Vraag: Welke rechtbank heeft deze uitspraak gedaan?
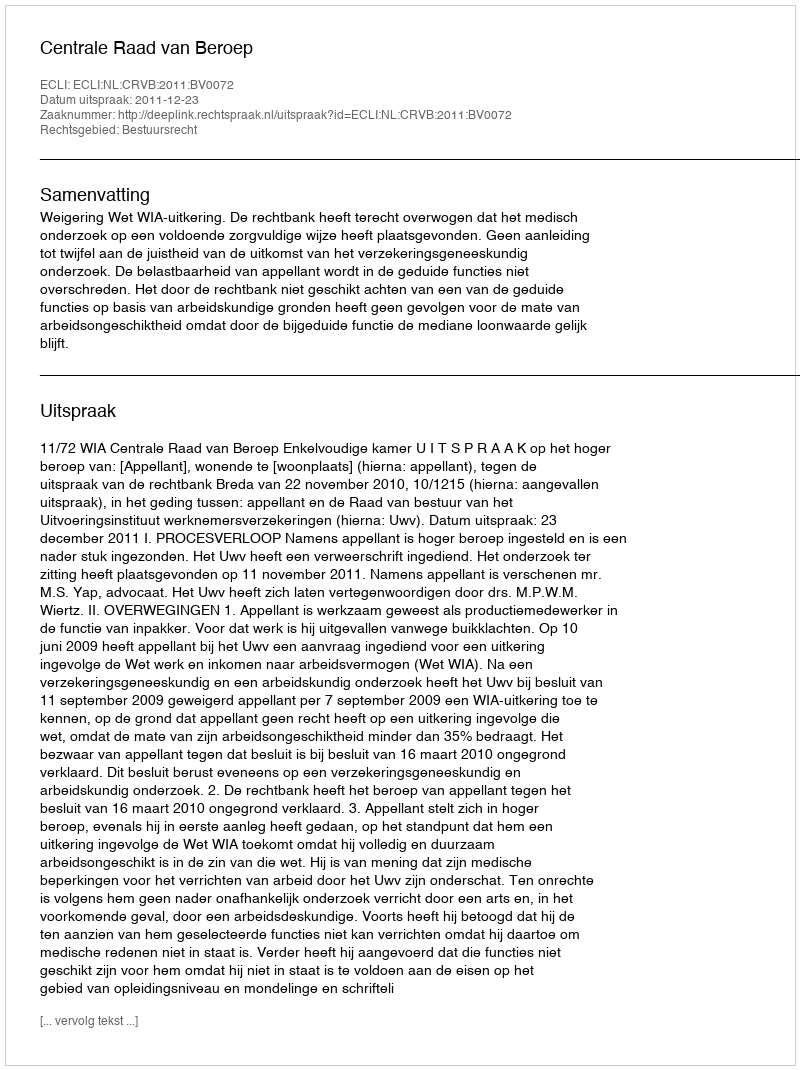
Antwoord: Centrale Raad van Beroep